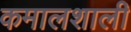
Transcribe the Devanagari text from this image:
कमालशाली